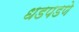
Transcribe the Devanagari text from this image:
धडपडणे